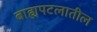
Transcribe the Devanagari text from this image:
बाह्यपटलातील